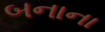
બનાના